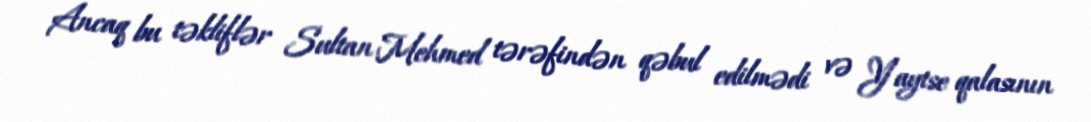
Ancaq bu təkliflər Sultan Mehmed tərəfindən qəbul edilmədi və Yaytse qalasının